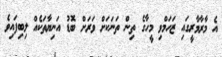
އެ މާރާމާރީގައި ޒަހަމްވި މީހާގެ ތިން ތަނަކަށް ވަރަށް ބޮޑު އަނިޔާތަކެއް ލިބިފައިވެ